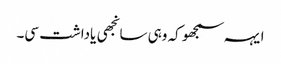
ایہہ سمجھو کہ وہی سانجھی یاداشت سی۔